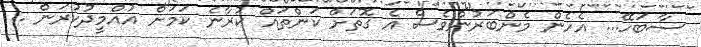
ސާބަހޭ... އެހެން މެންބަރުންވެސް އެ ގޮތަށް ކަންތައް ކުރާނެ ކަމަށް އުއްމީދުކުރަން ..